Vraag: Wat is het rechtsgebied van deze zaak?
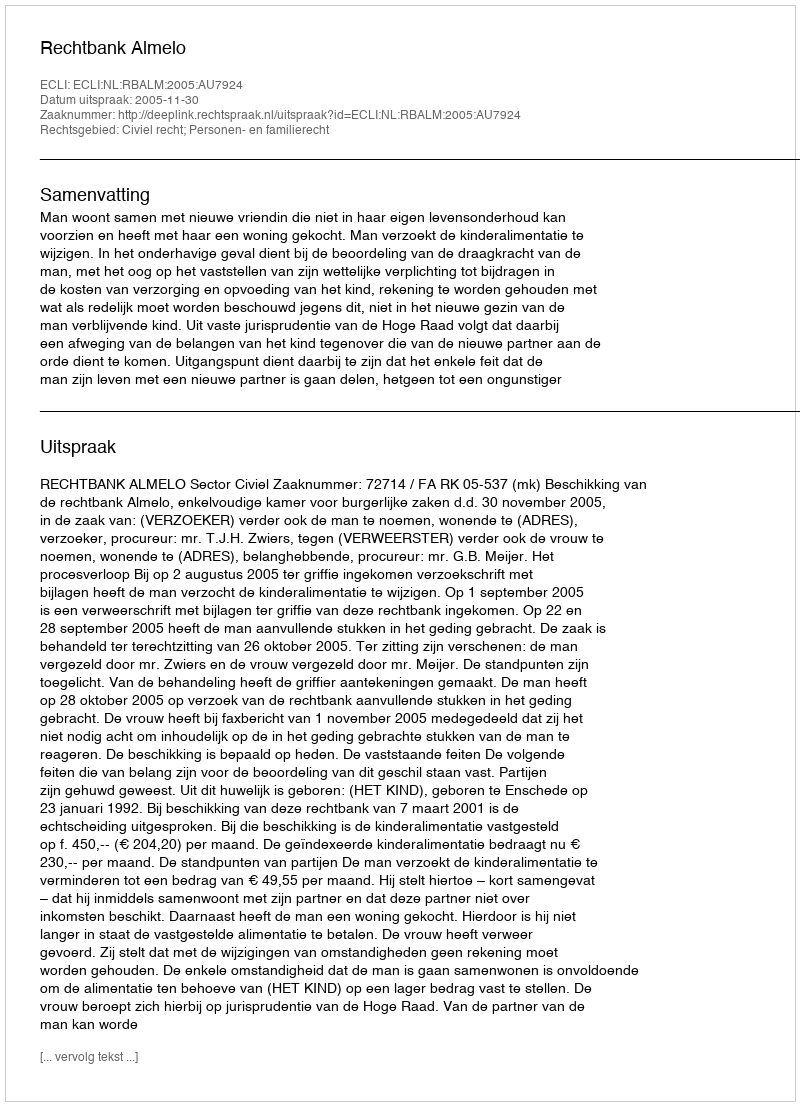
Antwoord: Civiel recht; Personen- en familierecht